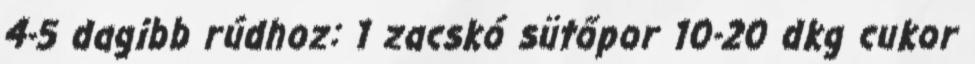
4-5 dagibb rúdhoz: 1 zacskó sütőpor 10-20 dkg cukor